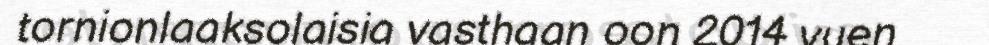
tornionlaaksolaisia vasthaan oon 2014 vuen